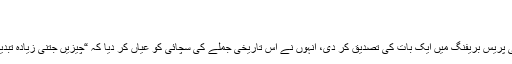
غدار پیدا کرنے کی روش - ہم سب
10/05/2019 بابر ستار n/b Views
آئی ایس پی آر کے ڈائریکٹر جنرل نے پچھلی پریس بریفنگ میں ایک بات کی تصدیق کر دی، انہوں نے اس تاریخی جملے کی سچائی کو عیاں کر دیا کہ “چیزیں جتنی زیادہ تبدیل ہوتی ہیں اتنی ہی زیادہ ویسی ہی رہتی ہیں۔